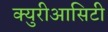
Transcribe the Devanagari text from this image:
क्युरीआसिटी